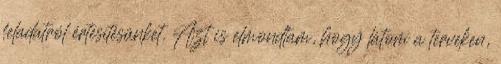
feladatról értesítésünket. Azt is elmondtam, hogy látom a terveken,